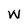
Character: w